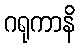
ဂရုကာနိ